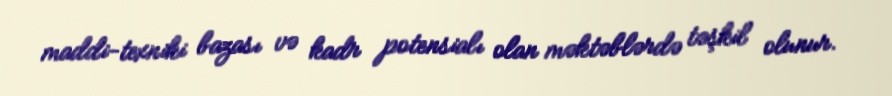
maddi-texniki bazası və kadr potensialı olan məktəblərdə təşkil olunur.